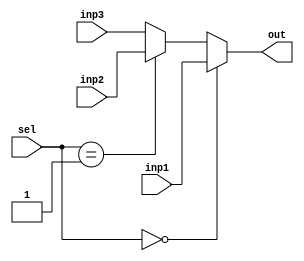


`timescale 1ns / 1ps
//////////////////////////////////////////////////////////////////////////////////
// Company: 
// Engineer: 
// 
// Design Name: 
// Module Name:    MUX3x1_5 
// Project Name: 
// Target Devices: 
// Tool versions: 
// Description: 
//
// Dependencies: 
//
// Revision: 
// Revision 0.01 - File Created
// Additional Comments: 
//
//////////////////////////////////////////////////////////////////////////////////
module MUX3x1_5(
	 input [4:0] inp1,
	 input [4:0] inp2,
	 input [4:0] inp3,
	 input [1:0]sel,
	 output reg [4:0] out
    );
	 
	 always @(*) begin
	    if (sel == 2'b00)
		     out = inp1;
		 else if (sel == 2'b01)
		     out = inp2;
		 else
		     out = inp3;
	 end

endmodule